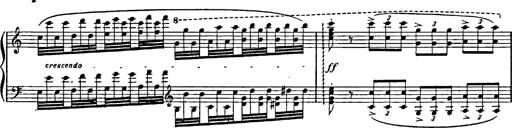
Title: Feierlicher Marsch zum heiligen Gral aus Parsifal
Composer: Franz Liszt